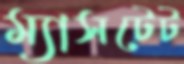
ম্যাসটেট